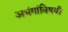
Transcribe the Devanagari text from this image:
अभंगांविषयी